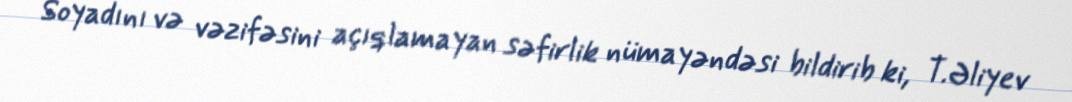
Soyadını və vəzifəsini açıqlamayan səfirlik nümayəndəsi bildirib ki, T.Əliyev